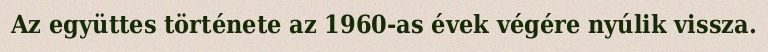
Az együttes története az 1960-as évek végére nyúlik vissza.